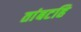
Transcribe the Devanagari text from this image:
तांबटहि